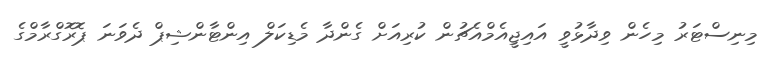
މިނިސްޓަރު މިހެން ވިދާޅުވީ އައިޖީއެމްއެޗުން ކުރިއަށް ގެންދާ މެޑިކަލް އިންޓާންޝިޕް ދެވަނަ ޕޮރޮގްރާމްގެ